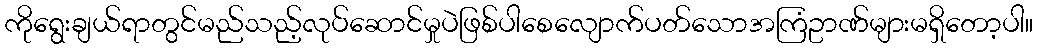
ကိုရွေးချယ်ရာတွင်မည်သည့်လုပ်ဆောင်မှုပဲဖြစ်ပါစေလျောက်ပတ်သောအကြံဥာဏ်များမရှိတော့ပါ။